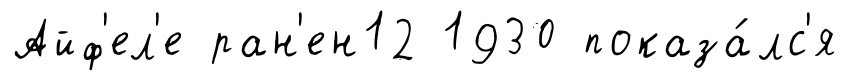
Айф'ел'е ран'ен12 1930 показа́лс'я